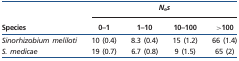
<table><thead><tr><td></td><td colspan="4"><b><i>N</i><sub>e</sub><i>s</i></b></td></tr><tr><td><b>Species</b></td><td><b>0–1</b></td><td><b>1–10</b></td><td><b>10–100</b></td><td><b>&gt;100</b></td></tr></thead><tbody><tr><td><i>Sinorhizobium meliloti</i></td><td>10 (0.4)</td><td>8.3 (0.4)</td><td>15 (1.2)</td><td>66 (1.4)</td></tr><tr><td><i>S. medicae</i></td><td>19 (0.7)</td><td>6.7 (0.8)</td><td>9 (1.5)</td><td>65 (2)</td></tr></tbody></table>